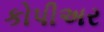
કોપીઅર